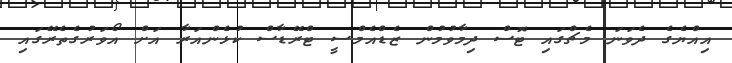
އިއްޔެގެ ދެވަނަ މެޗްގައި ޓޮސް ދިމާވުމުން ޒެޑްއެމްސީ ޓްރޭޑާސް ކުޅެންއަރާ އަށް އޯވަރުގެތެރޭގައި